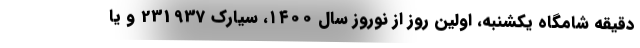
دقیقه شامگاه یکشنبه، اولین روز از نوروز سال ۱۴۰۰، سیارک 231937 و یا